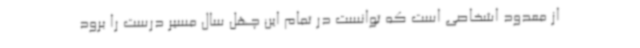
از معدود اشخاصی است که توانست در تمام این چهل سال مسیر درست را برود